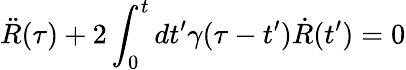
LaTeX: \ddot{R}(\tau)+2\int_{0}^{t}{dt^{\prime}}\gamma(\tau-t^{\prime})\dot{R}(t^{\prime})=0